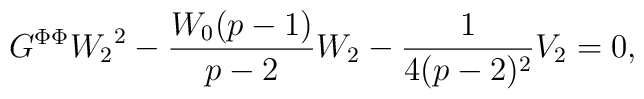
G^{\Phi \Phi}{W_2}^2-\frac{W_0(p-1)}{p-2}W_2-\frac{1}{4(p-2)^2}V_2=0,